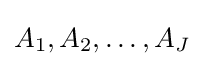
A_{1},A_{2},\dots ,A_{J}